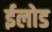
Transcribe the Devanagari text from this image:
ईलोड